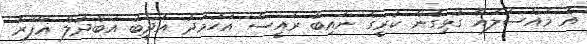
އެ މައްސަލައާ ގުޅިގެން ކުރީގެ ނައިބު ރައީސް އަހުމަދު އަދީބު އަބްދުލް ޣަފޫރާ